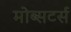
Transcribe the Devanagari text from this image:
मोब्सटर्स